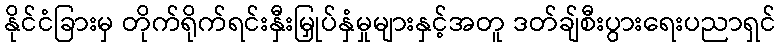
နိုင်ငံခြားမှ တိုက်ရိုက်ရင်းနှီးမြှုပ်နှံမှုများနှင့်အတူ ဒတ်ချ်စီးပွားရေးပညာရှင်